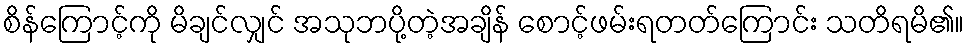
စိန်ကြောင့်ကို မိချင်လျှင် အသုဘပို့တဲ့အချိန် စောင့်ဖမ်းရတတ်ကြောင်း သတိရမိ၏။